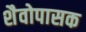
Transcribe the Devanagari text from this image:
शैवोपासक